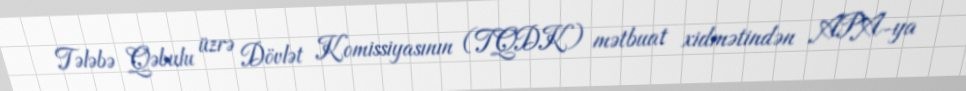
Tələbə Qəbulu üzrə Dövlət Komissiyasının (TQDK) mətbuat xidmətindən APA-ya